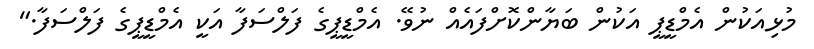
މުޅިއަކުން އެމްޑީޕީ އަކުން ބަޔާންކޮށްފައެއް ނުވޭ. އެމްޑީޕީގެ ފަލްސަފާ އަކީ އެމްޑީޕީގެ ފަލްސަފާ."